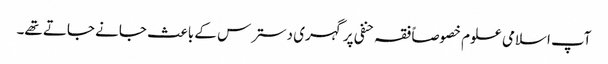
آپ اسلامی علوم خصوصاً فقہ حنفی پر گہری دسترس کے باعث جانے جاتے تھے۔